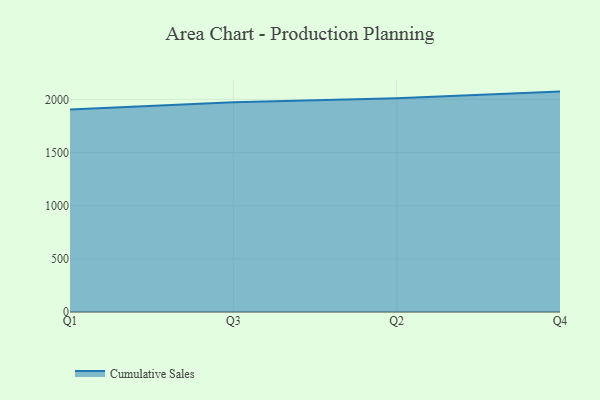
{"axis": {"x": "Quarter", "y": "Churn Rate (%)"}, "legend": ["Cumulative Sales"], "data": [{"x": "Q1", "y": 1903.9, "type": "Cumulative Sales"}, {"x": "Q3", "y": 1972.1, "type": "Cumulative Sales"}, {"x": "Q2", "y": 2010.9, "type": "Cumulative Sales"}, {"x": "Q4", "y": 2073.4, "type": "Cumulative Sales"}]}